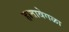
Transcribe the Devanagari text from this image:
हातावेगळा